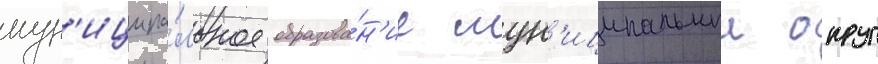
мун'иципа́льное образова́н'ие мун'иципальныи округ